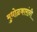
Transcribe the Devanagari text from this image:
मुधोळकारांनी